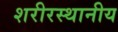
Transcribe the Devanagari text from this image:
शरीरस्थानीय